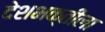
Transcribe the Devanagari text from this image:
देशभक्तीला